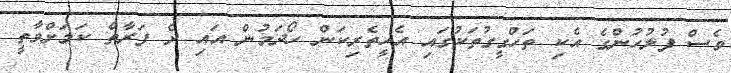
ވެސް ފުލުހުންގެ އެކި ތަހްގީގުތަކުގައި އެހީތެރިކަން ހޯދަމުން އައި ދެ ފަރާތް ކަމަށްވާތީ